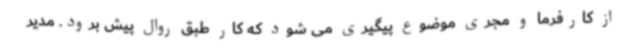
از کارفرما و مجری موضوع پیگیری می شود که کار طبق روال پیش برود. مدیر